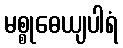
မစ္စုဓေယျပါရံ